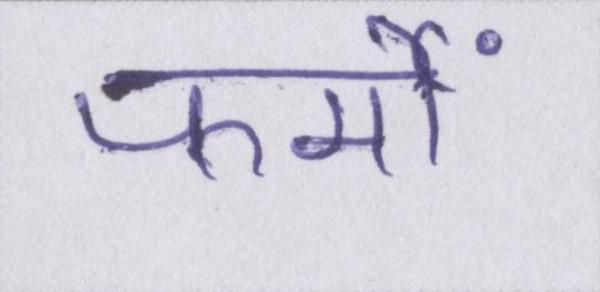
फर्मों